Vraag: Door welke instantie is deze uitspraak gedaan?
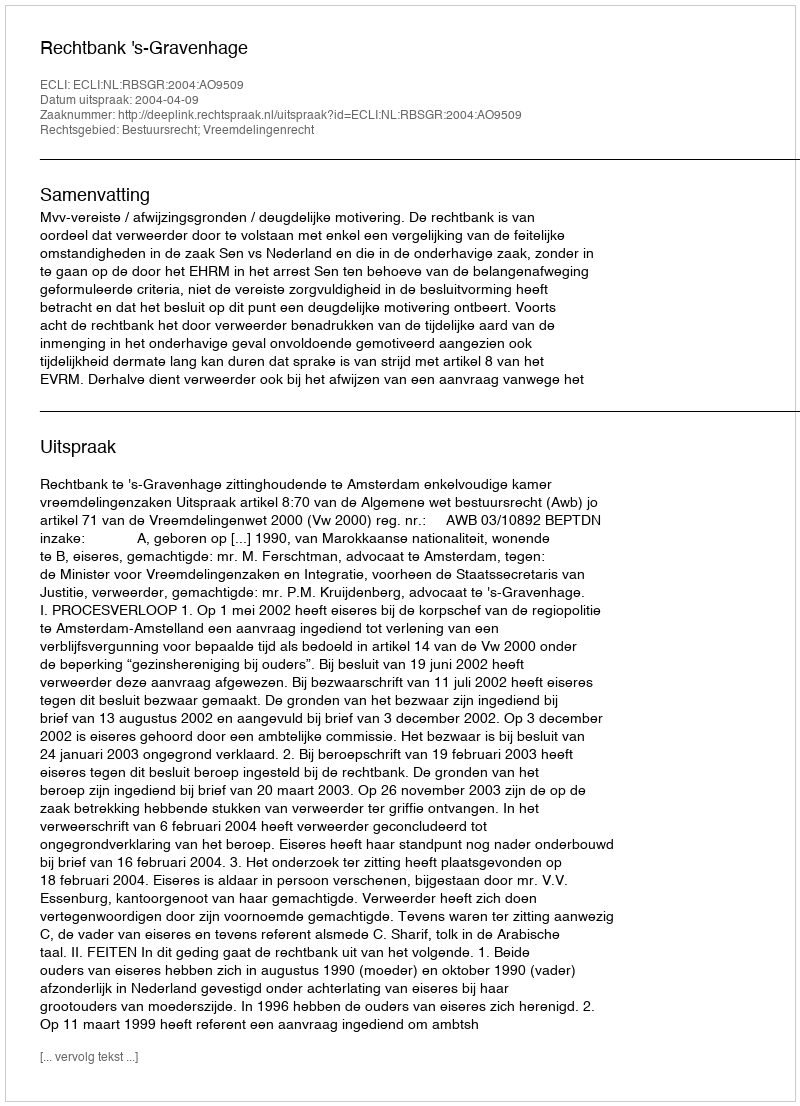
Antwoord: Rechtbank 's-Gravenhage